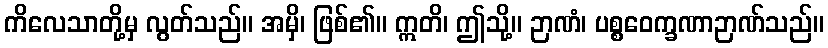
ကိလေသာတို့မှ လွတ်သည်။ အမှိ၊ ဖြစ်၏။ ဣတိ၊ ဤသို့။ ဉာဏံ၊ ပစ္စဝေက္ခဏာဉာဏ်သည်။